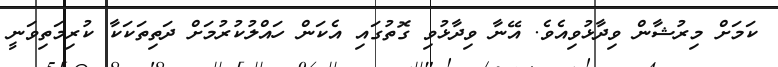
ކަމަށް މިރުޝާން ވިދާޅުވިއެވެ. އޭނާ ވިދާޅުވި ގޮތުގައި އެކަން ހައްލުކުރުމަށް ދަތިތަކަކާ ކުރިމަތިވަނީ